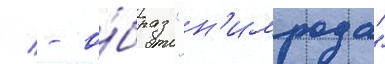
/ - о́браз "н'имрода"